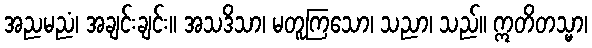
အညမညံ၊ အချင်းချင်း။ အသဒိသာ၊ မတူကြသော၊ သညာ၊ သည်။ ဣတိတသ္မာ၊